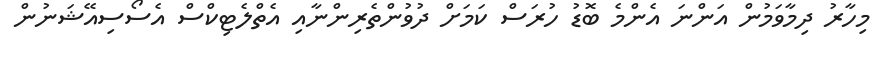
މިހާރު ދިމާވަމުން އަންނަ އެންމެ ބޮޑު ހުރަސް ކަމަށް ދުވުންތެރިންނާއި އެތްލެޓިކްސް އެސޯސިއޭޝަނުން